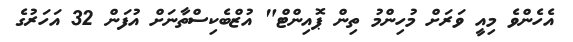
އެހެންވެ މިއީ ވަރަށް މުހިންމު ތިން ޕޮއިންޓް" އުޒްބެކިސްތާނަށް އުފަން 32 އަހަރުގެ